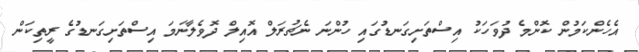
އެހެންކަމުން ކޮންމެ ދުވަހަކު އިސްތަށިގަނޑުގައި ހުންނަ ނެޗުރަލް އޮއިލް ދޮވެލާނަމަ އިސްތަށިގަނޑުގެ ރީތިކަން